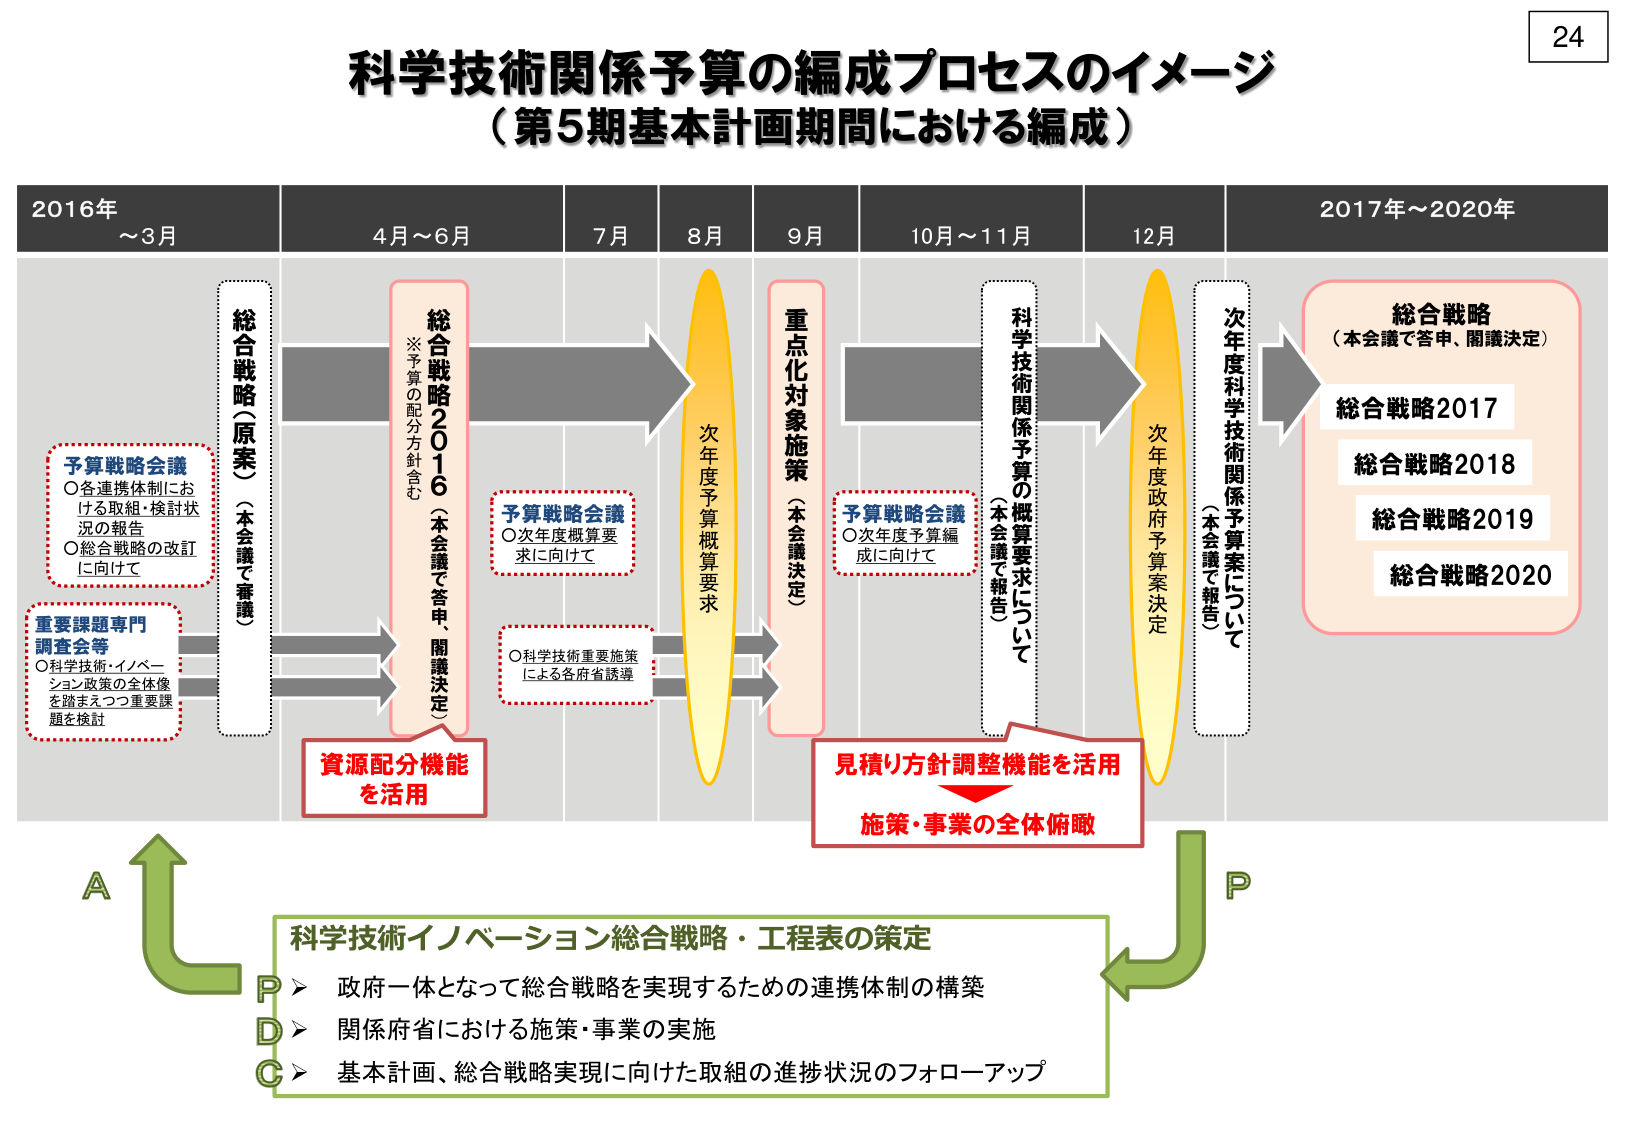
24
科学技術関係予算の編成プロセスのイメージ
（第5期基本計画期間における編成）

2016年
～3月
4月～6月
7月
8月
9月
10月～11月
12月
2017年～2020年

予算戦略会議
○各連携体制にお
ける取組・検討状
況の報告
○総合戦略の改訂
に向けて

重要課題専門
調査会等
○科学技術・イノベー
ション政策の全体像
を踏まえつつ重要課
題を検討

総合戦略（原案）
（本会議で審議）

総合戦略2016
（本会議で答申、閣議決定）
※予算の配分方針含む

予算戦略会議
○次年度概算要
求に向けて

○科学技術重要施策
による各府省誘導

次年度予算概算要求

重点化対象施策
（本会議決定）

予算戦略会議
○次年度予算編
成に向けて

科学技術関係予算の概算要求について
（本会議で報告）

次年度政府予算案決定

次年度科学技術関係予算案について
（本会議で報告）

総合戦略
（本会議で答申、閣議決定）
総合戦略2017
総合戦略2018
総合戦略2019
総合戦略2020

資源配分機能
を活用

見積り方針調整機能を活用
施策・事業の全体俯瞰

A
P
科学技術イノベーション総合戦略・工程表の策定
P ▶ 政府一体となって総合戦略を実現するための連携体制の構築
D ▶ 関係府省における施策・事業の実施
C ▶ 基本計画、総合戦略実現に向けた取組の進捗状況のフォローアップ